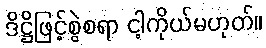
ဒိဋ္ဌိဖြင့်စွဲစရာ ငါ့ကိုယ်မဟုတ်။